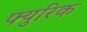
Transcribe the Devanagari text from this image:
फ्युरिक